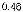
0.46